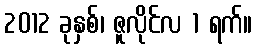
2012 ခုနှစ်၊ ဇူလိုင်လ 1 ရက်။